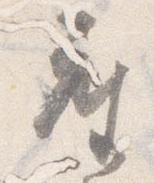
座